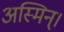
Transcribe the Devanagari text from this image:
अस्मिन्।